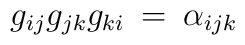
g_{i j} g_{j k} g_{k i}\: = \: \alpha_{i j k}